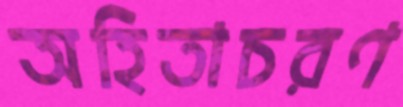
অহিতাচরণ